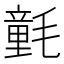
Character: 氃